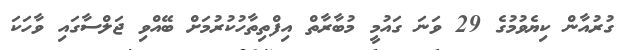
ގުރުއާން ކިޔެވުމުގެ 29 ވަނަ ގައުމީ މުބާރާތް އިފްތިތާހުކުރުމަށް ބޭއްވި ޖަލްސާގައި ވާހަކަ